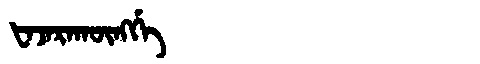
Manchu: ᡶᠠᠵᠠᡵᠠᡴᡡᠩᡤᡝ
Romanization: FAJARAKŪNGGE